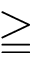
\geqq